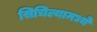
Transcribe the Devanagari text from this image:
सिचिल्यामध्ये